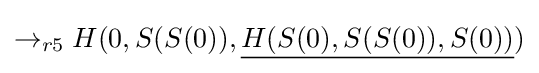
\rightarrow _{r5}H(0,S(S(0)),{\underline {H(S(0),S(S(0)),S(0))}})